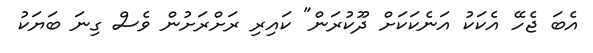
އެބަ ޖެހޭ އެކަކު އަނެކަކަށް ދޫކުރަން" ކައިރި ރަށްރަށުން ވެސް ގިނަ ބަޔަކު